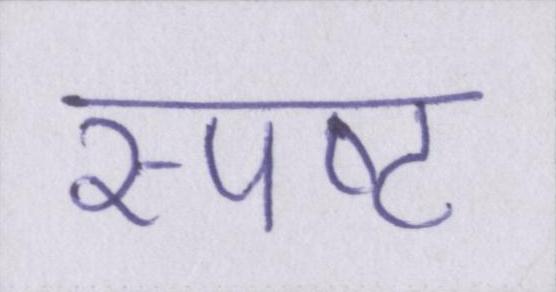
स्पष्ट